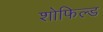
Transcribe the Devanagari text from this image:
शोफिल्ड